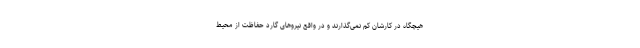
هیچگاه در کارشان کم نمی‌گذارند و در واقع نیروهای گارد حفاظت از محیط